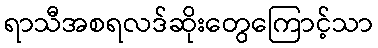
ရာသီအစရလဒ်ဆိုးတွေကြောင့်သာ